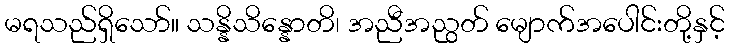
မရသည်ရှိသော်။ သန္နိသိန္နောတိ၊ အညီအညွတ် မျောက်အပေါင်းတို့နှင့်